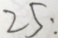
2 5 :